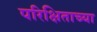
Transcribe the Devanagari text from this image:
परिक्षिताच्या